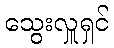
သွေးလှူရှင်